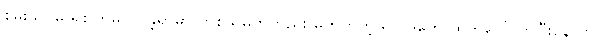
စမ်းသပ်မှု ရှစ်ကြိမ်လုပ်ခဲ့ရာမှာ တစ်သမတ်တည်း မဟုတ်တဲ့ ရလဒ်တွေ ထွက်ပေါ်လာပြီးနောက်